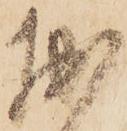
拙